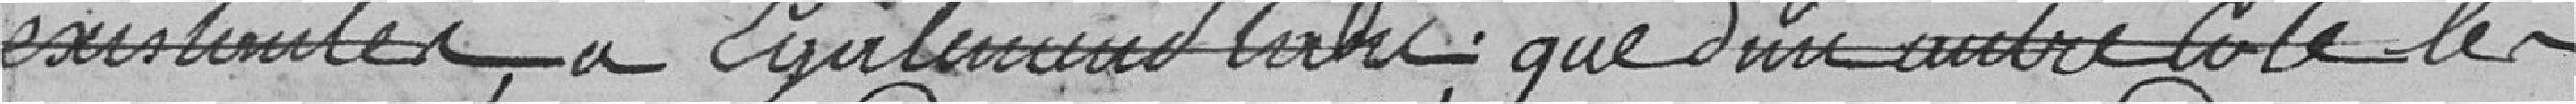
existantes, a également tari que d'une autre côté les